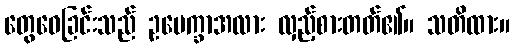
တွေဝေခြင်းသည် ဥပေက္ခာအလား လှည့်စားတတ်၏။ သတိထား။